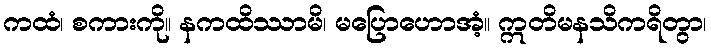
ကထံ၊ စကားကို။ နကထိဿာမိ၊ မပြောဟောအံ့။ ဣတိမနသိကရိတွာ၊